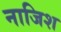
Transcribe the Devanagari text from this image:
नाजिश